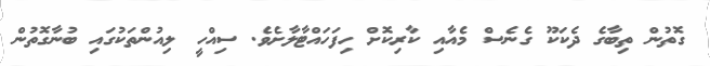
ގޮތުން ތިބާގެ ދެކަކޫ ގެނެސް މެއާއި ކާރިކޮށް ހިފަހައްޓާލާށެވެ. ސިއްހީ ލިއުންތަކުގައި ބުނާގޮތުން